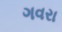
ગવરા